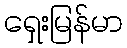
ရှေးမြန်မာ